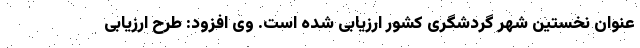
عنوان نخستین شهر گردشگری کشور ارزیابی شده است. وی افزود: طرح ارزیابی